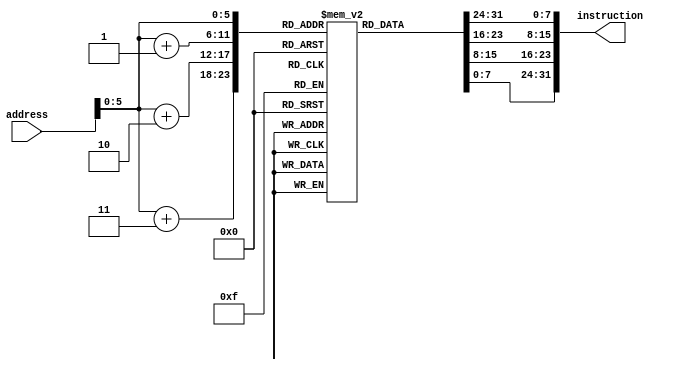
//-----------------------------------------------------
// Design Name : Mips_Processor
// Function : This file will fetch the instruction
// Coder    : Waleed Chaudhry
//--------------

module fetch(address, instruction);
	
	//Declaring wires and registers
	input wire [31:0] address;
	output wire [31:0] instruction;

	reg [7:0] instructionMemory[0:55];

	//Initializing the Instruction Memory
	initial begin

	{instructionMemory[0], instructionMemory[1], instructionMemory[2], instructionMemory[3]} =  
	32'h00000022; //sub r0,r0,r0

	{instructionMemory[4], instructionMemory[5], instructionMemory[6], instructionMemory[7]} =  
	32'h8c010000; //lw  r1,0(r0)

	{instructionMemory[8], instructionMemory[9], instructionMemory[10], instructionMemory[11]} = 
	32'h8c020004; //lw  r2,4(r0)

	{instructionMemory[12], instructionMemory[13], instructionMemory[14], instructionMemory[15]} =  
	32'h8c030008; //lw  r3,8(r0)

	{instructionMemory[16], instructionMemory[17], instructionMemory[18], instructionMemory[19]} =  
	32'h00863020; //add r4,r6,r6

	{instructionMemory[20], instructionMemory[21], instructionMemory[22], instructionMemory[23]} =  
	32'h00842022; //sub r4,r4,r4

	{instructionMemory[24], instructionMemory[25], instructionMemory[26], instructionMemory[27]} =  
	32'h00822020; //add r4,r2,r4

	{instructionMemory[28], instructionMemory[29], instructionMemory[30], instructionMemory[31]} =  
	32'h0043282a; //slt r5,r2,r3

	{instructionMemory[32], instructionMemory[33], instructionMemory[34], instructionMemory[35]} =  
	32'h10a00003; //beq r5,r0,3 

	{instructionMemory[36], instructionMemory[37], instructionMemory[38], instructionMemory[39]} =  
	32'h00411020; //add r2,r1,r2

	{instructionMemory[40], instructionMemory[41], instructionMemory[42], instructionMemory[43]} =  
	32'h1000fffa; //beq r0,r0,-6 

	{instructionMemory[44], instructionMemory[45], instructionMemory[46], instructionMemory[47]} =  
	32'h00863020; //add r4,r6,r6

	{instructionMemory[48], instructionMemory[49], instructionMemory[50], instructionMemory[51]} =  
	32'hac060000; //sw r6,0(r0)

	{instructionMemory[52], instructionMemory[53], instructionMemory[54], instructionMemory[55]} =  
	32'hffffffff; //halt
	end

	assign instruction =  {instructionMemory[address], instructionMemory[address+1], instructionMemory[address+2],instructionMemory[address+3]};

endmodule